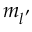
m _ { l ^ { \, ^ { \prime } } }